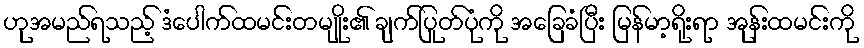
ဟုအမည်ရသည့် ဒံပေါက်ထမင်းတမျိုး၏ ချက်ပြုတ်ပုံကို အခြေခံပြီး မြန်မာ့ရိုးရာ အုန်းထမင်းကို